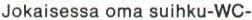
Jokaisessa oma suihku-WC-